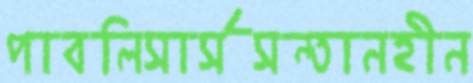
পাবলিসার্সসন্তানহীন